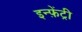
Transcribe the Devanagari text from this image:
इन्फ़ेंट्री